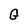
Character: G